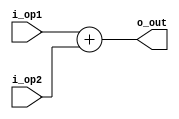
`timescale 1ns / 1ps
//////////////////////////////////////////////////////////////////////////////////
// Company: 
// Engineer: 
// 
// Design Name: 
// Module Name: ADD_Branch
// Project Name: 
// Target Devices: 
// Tool Versions: 
// Description: 
// 
// Dependencies: 
// 
// Revision:
// Revision 0.01 - File Created
// Additional Comments:
// 
//////////////////////////////////////////////////////////////////////////////////

`define WIDTH_BRANCH 32
module ADD_Branch(i_op1 , i_op2 , o_out);
input [`WIDTH_BRANCH-1:0] i_op1 ;
input [`WIDTH_BRANCH-1:0] i_op2 ;
output [`WIDTH_BRANCH-1:0] o_out;


assign o_out = i_op1 + i_op2 ;
endmodule